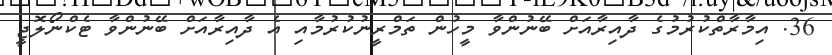
36. އިމާރާތްކުރުމުގެ ދާއިރާއަށް ބޭނުންވާ މީހުން ތަމްރީނުކުރުމާއި އެ ދާއިރާއަށް ބޭނުންވާ ޓެކްނޯލޮޖީ